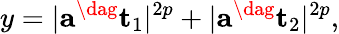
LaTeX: y=\lvert\mathbf{a}^{\dag}\mathbf{t}_{1}\rvert^{2p}+\lvert\mathbf{a}^{\dag}\mathbf{t}_{2}\rvert^{2p},